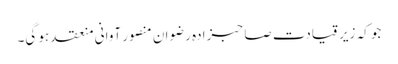
جو کہ زیر قیادت صاحبزادہ رضوان منصور آوانی منعقد ہو گی۔